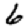
Digit: 6